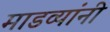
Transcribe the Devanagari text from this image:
माडव्यांनी